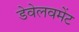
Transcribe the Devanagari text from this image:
डेवेलवमेंट